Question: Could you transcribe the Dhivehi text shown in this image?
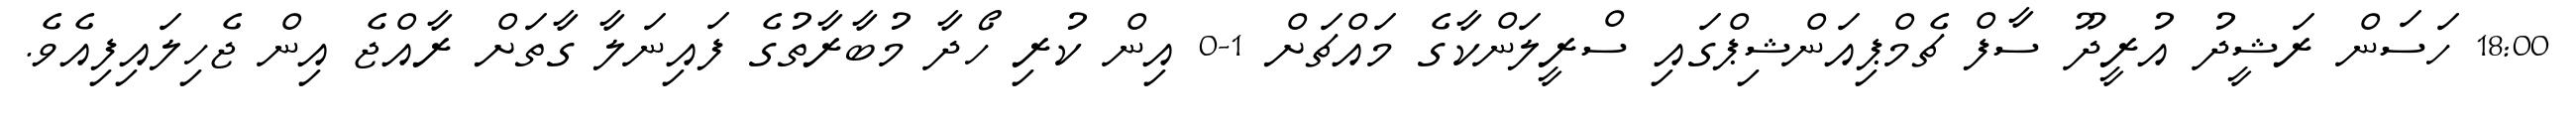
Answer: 18:00 ހަސަން ރަޝީދު އުރީދޫ ސާފް ޗެމްޕިއަންޝިޕްގައި ސްރީލަންކާގެ މައްޗަށް 1-0 އިން ކުރި ހޯދާ މުބާރާތުގެ ފައިނަލާ ގާތަށް ރާއްޖެ އިން ޖެހިލައިފިއެވެ.